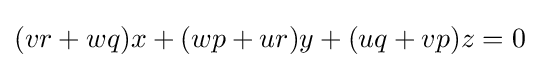
(vr+wq)x+(wp+ur)y+(uq+vp)z=0